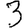
Digit: 3